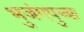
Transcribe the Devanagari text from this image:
भुजंगपुच्छ